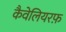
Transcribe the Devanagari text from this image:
कैवेलियरफ़